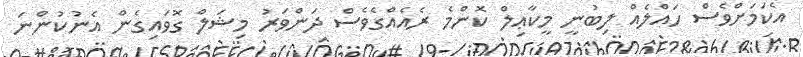
އެކަމަށްވެސް ހައްލެއް ލިބުނީ މީކާޢިލް ކޮންމެ ރެއެއްގެވެސް ދަންވަރު މިޝަލް ގޮވައިގެން އެނުކުންނަ